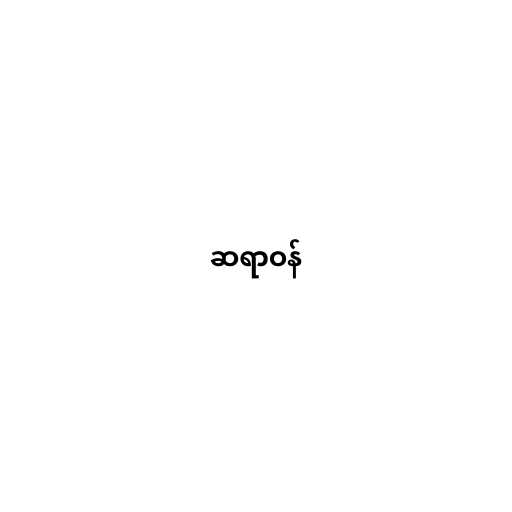
ဆရာဝန်